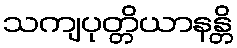
သကျပုတ္တိယာနန္တိ